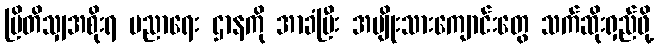
ဗြိတိသျှအစိုးရ ပညာရေး ဌာနကို အာခံပြီး အမျိုးသားကျောင်းတွေ သက်ဆိုးရှည်ဖို့